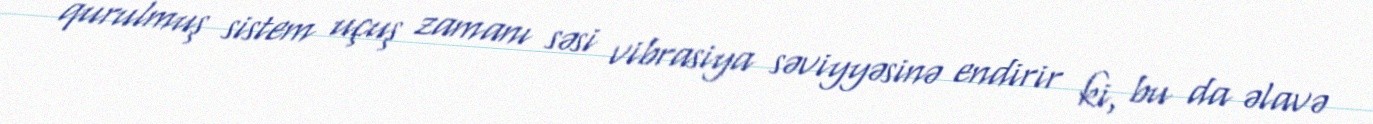
qurulmuş sistem uçuş zamanı səsi vibrasiya səviyyəsinə endirir ki, bu da əlavə